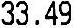
33.49